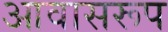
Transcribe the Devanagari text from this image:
आवासरूप